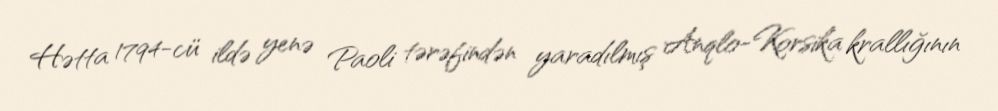
Hətta 1794-cü ildə yenə Paoli tərəfindən yaradılmış Anqlo-Korsika krallığının